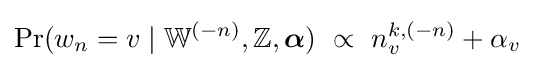
\Pr(w_{n}=v\mid \mathbb {W} ^{(-n)},\mathbb {Z} ,{\boldsymbol {\alpha }})\ \propto \ n_{v}^{k,(-n)}+\alpha _{v}